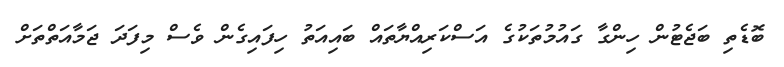
ބޮޑެތި ބަޖެޓުން ހިންގާ ގައުމުތަކުގެ އަސްކަރިއްޔާތައް ބައިއަތު ހިފައިގެން ވެސް މިފަދަ ޖަމާއަތްތަށް